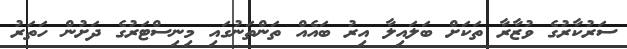
ސަރުކާރުގެ ވުޒާރާ ތަކަށް ބަލައިލާ އިރު ބައެއް ތަންތަނުގައި މިނިސްޓަރުގެ ދަށުން ހަތަރު